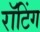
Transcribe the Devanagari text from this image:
रॉटिंग